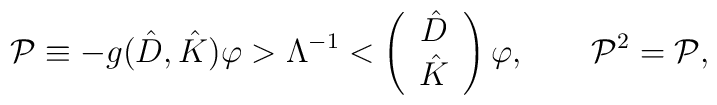
\mathcal{P}\equiv -g(\hat{D},\hat{K})\varphi >\Lambda ^{-1}<\left(\begin{array}{c}\hat{D} \\\hat{K}\end{array}\right) \varphi ,\qquad \mathcal{P}^{2}=\mathcal{P},